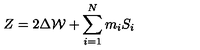
Z = 2 \Delta { \cal W } + \sum _ { i = 1 } ^ { N } m _ { i } S _ { i }